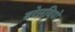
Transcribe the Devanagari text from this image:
बरेलवियो